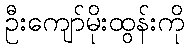
ဦးကျော်မိုးထွန်းကို